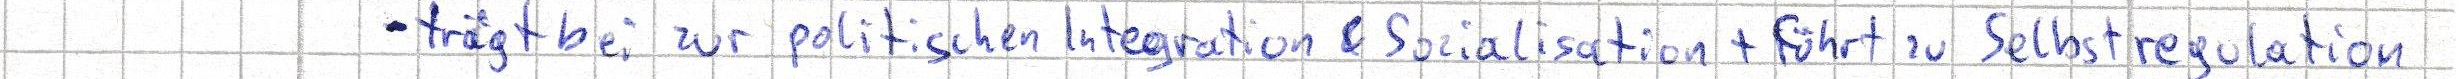
- trägt bei zur politischen Integration & Sozialisation + führt zu Selbstregulation